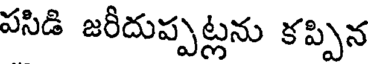
పసిడి జరీదుప్పట్లను కప్పిన